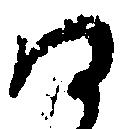
同